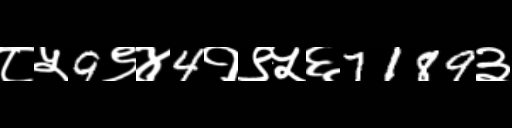
Text: ८५9९४4१९५६7189३